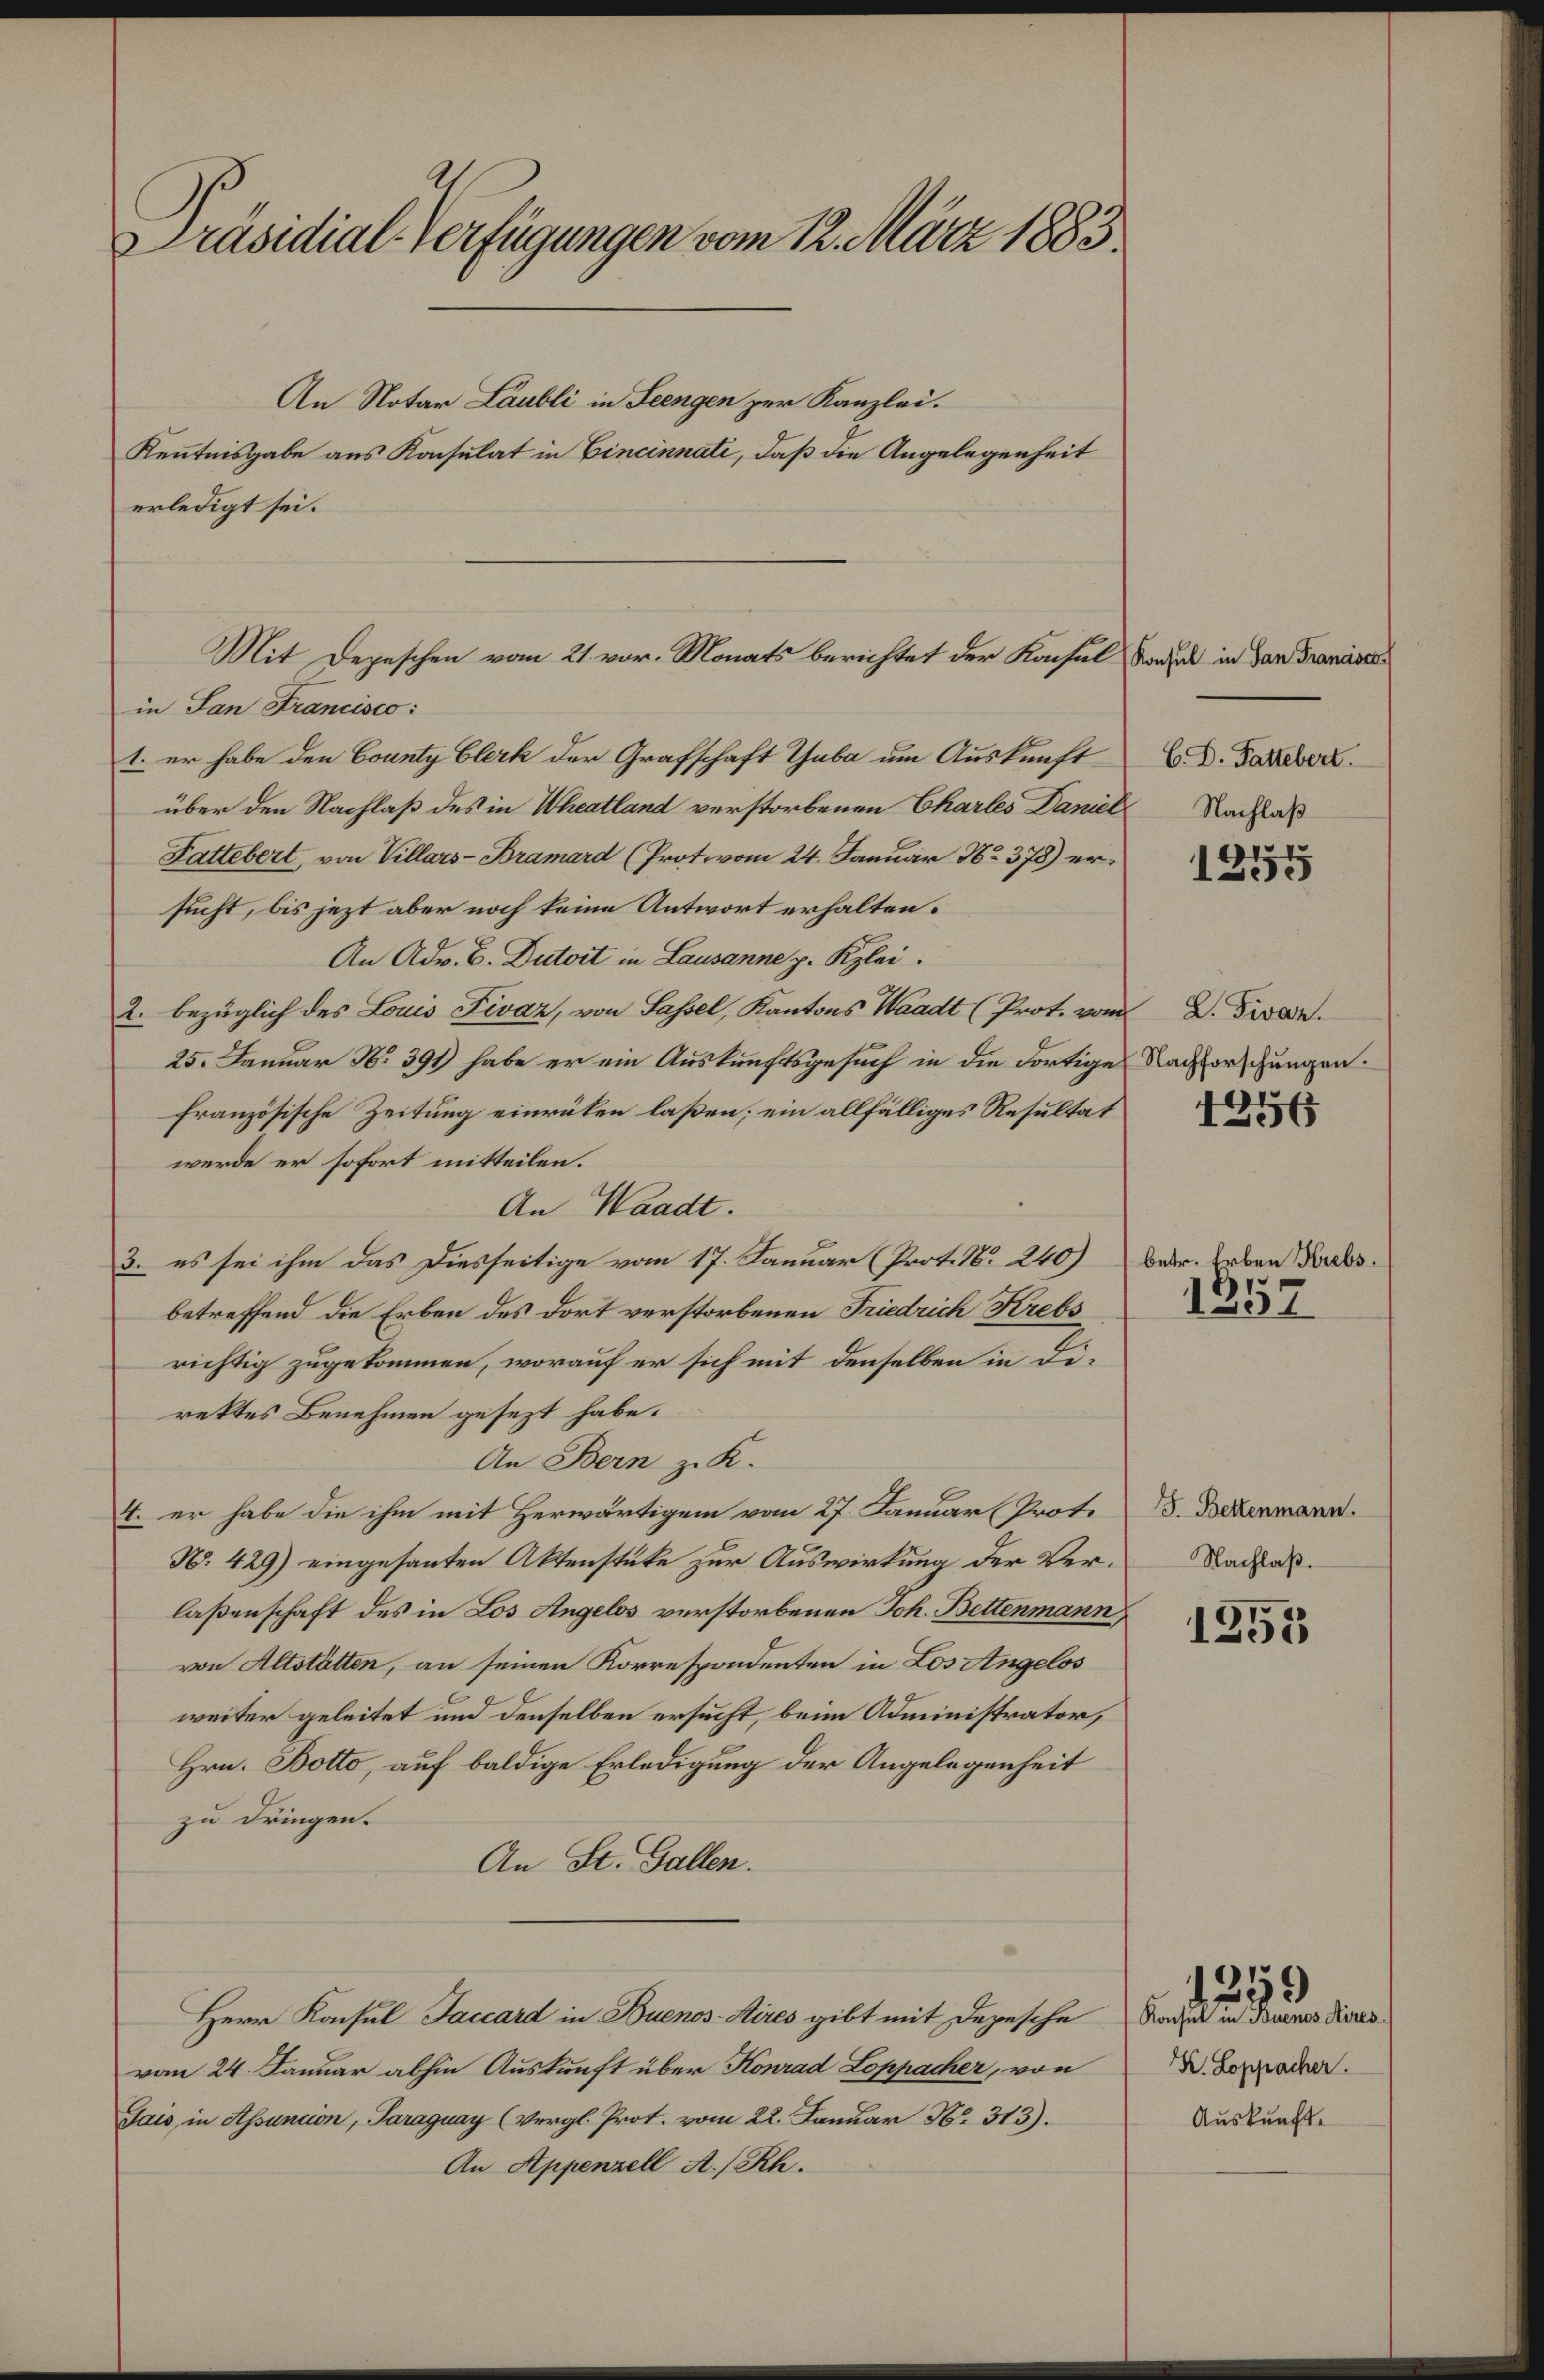
Präsidial-Verfügungen vom 12. März 1883.

An Notar Laubli in Seengen zur Kanzlei.
Kenntnisgabe aus Konsulat in Cincinnati, daß die Angelegenheit
erledigt sei.
in San Francisco:
1. er habe den County Clerk der Grafschaft Guba um Auskunft
über den Nachlaß des in Wheatland verstorbenen Chartes Danier
Pattebert, von Villars-Bramard (Prot. vom 24. Januar No 378) er
sucht, bis jezt aber noch keine Antwort erhalten.
An Adv. C. Dutoit in Lausanne p. Kzlei.
2. bezüglich des Louis Fivaz, von Sassel, Kantons Waadt (Prot. von
25. Januar Nr. 391) habe er ein Auskunftsgesuch in die dortige Nachforschungen.
französische Zeitung einrüken laßen; ein allfälliges Resultat
werde er sofort mitteilen.
An Waadt.
3. es sei ihm das Diesseitige vom 17. Januar (Prot. N. 240)
betreffend die Erben des dort verstorbenen Friedrich Krebs
richtig zugekommen, worauf er sich mit denselben in Direktes Benehmen gesezt habe.
An Bern z. K.
4. er habe die ihm mit Herwärtigem vom 27. Januar (Prote
N. 429) eingesanten Aktenstüke zur Auswirkung der Verlaßenschaft des in Los Angelos verstorbenen Joh. Bettenmann
von Altstätten, an seinen Korrespondenten in Los Angelos
weiter geleitet und denselben ersucht, beim Administrator,
Hrn. Botto, auf baldige Erledigung der Angelegenheit
zu dringen.
An St. Gallen.
Herr Konsul Jaccard in Buenos-Sires gibt mit Depesche
vom 24. Januar abhin Auskunft über Konrad Loppacher, von
Gais in Assancion, Paraguay (Vergl. Prot. vom 22. Januar Nr. 313).
An Appenzell A.-Rh.

Mit Depeschen vom 21. vor. Monats berichtet der Konsul Saal in den Granider¬

C. D. Fattebert.
7 Nachlaß

1355

d L. Fivar.

1356

betr. Erben Krebs.

1357

15. Bettenmann.
Nachlaß.

1355

dasel in denen u.
K. Loppacher.
Auskunft.

59)